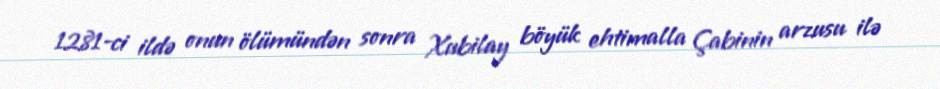
1281-ci ildə onun ölümündən sonra Xubilay böyük ehtimalla Çabinin arzusu ilə